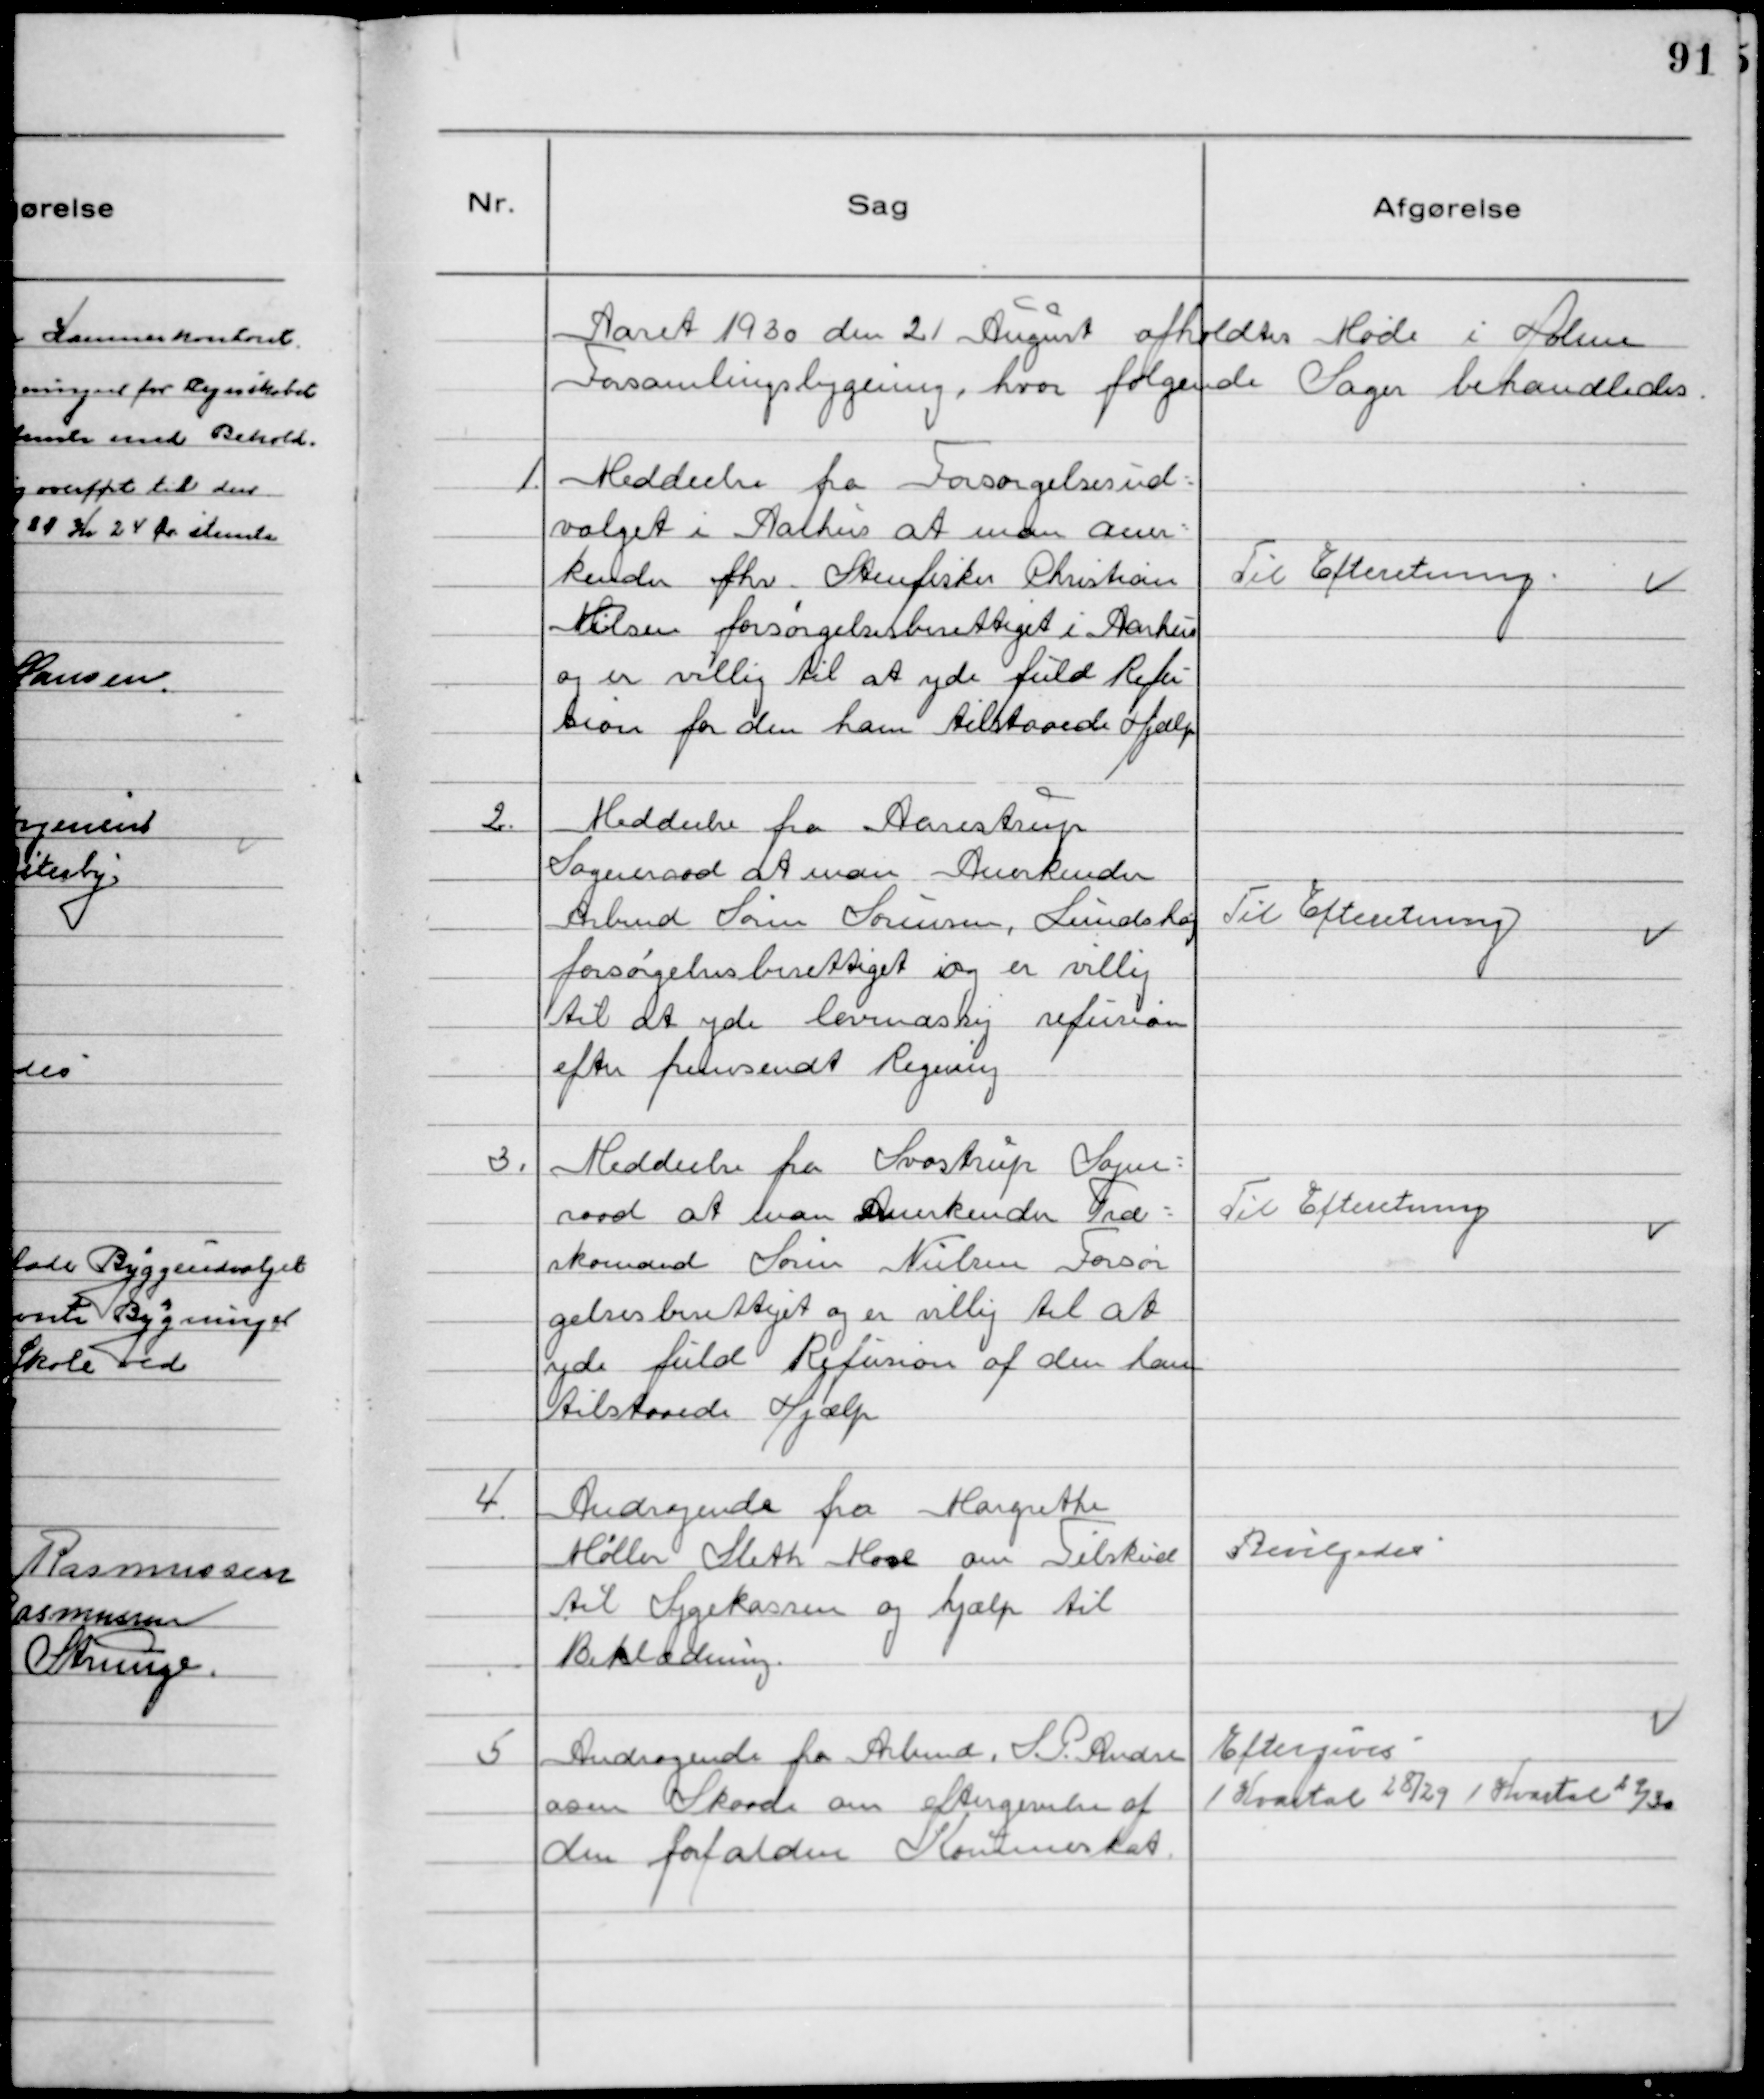
Transskription:
Aaret 1930 den 21 August afholdtes Møde i Holme
Forsamlingsbygning, hvor følgende Sager behandledes.

1. Meddeelse fra Forsørgelsesud-
valget i Aarhus at man aner-
kender fhv. Stenfisker Christian
Nielsen forsørgelsesberettiget i Aarhus
og er villig til at yde fuld Refu-
sion for den ham tilstaaede Hjælp

Til Efteretning.

2. Meddeelse fra Aarestrup
Sogneraad at man Anerkender
Arbmd Søren Sørensen, Lundshøj
forsørgelsesberettiget iog er villig
til at yde levemæssig refusion
efter fremsendt Regning

Til Efteretning

3. Meddeelse fra Svostrup Sogne-
raad at man Anerkender Træ-
skomand Søren Nielsen Forsør
gelsesberettiget og er villig til at
yde fuld Refusion af den ham
tilstaaede Hjælp

Til Efteretning

4. Andragende fra Margrethe
Møller Sleth Mose om Tilskud
til Sygekassen og hjælp til
Beklædning.

Bevilgedes

5 Andragende fra Arbmd. S.P.Andre
asen Skaade om eftergivelse af
den forfaldne Kommuneskat.

Eftergives
1 Kvartal 28/29 1 Kvartal 29/30